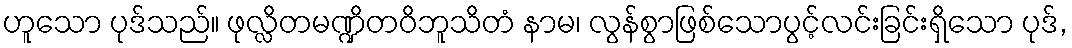
ဟူသော ပုဒ်သည်။ ဖုလ္လိတမဏ္ဍိတဝိဘူသိတံ နာမ၊ လွန်စွာဖြစ်သောပွင့်လင်းခြင်းရှိသော ပုဒ်,